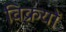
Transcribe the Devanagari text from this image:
विक्रयों